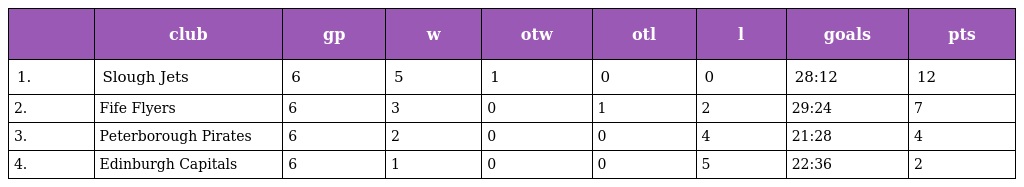
|  | club | gp | w | otw | otl | l | goals | pts |
 | --- | --- | --- | --- | --- | --- | --- | --- | --- |
 | 1. | Slough Jets | 6 | 5 | 1 | 0 | 0 | 28:12 | 12 |
 | 2. | Fife Flyers | 6 | 3 | 0 | 1 | 2 | 29:24 | 7 |
 | 3. | Peterborough Pirates | 6 | 2 | 0 | 0 | 4 | 21:28 | 4 |
 | 4. | Edinburgh Capitals | 6 | 1 | 0 | 0 | 5 | 22:36 | 2 |